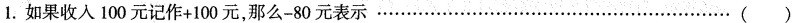
1.如果收入100元记作+100元，那么-80元表示 …()